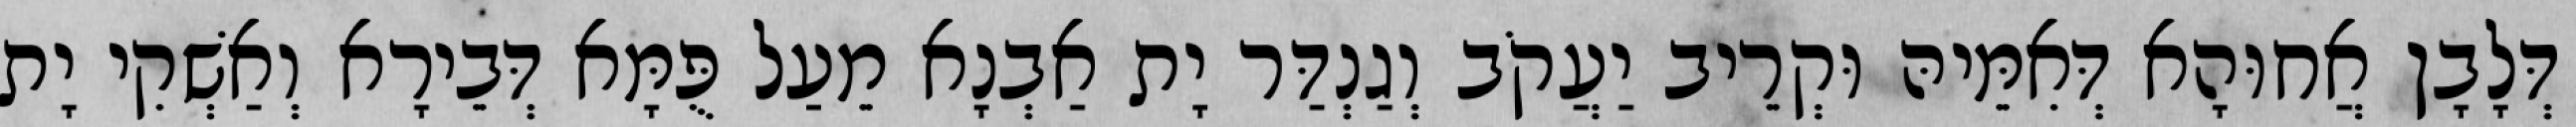
דְּלָבָן אֲחוּהָא דְּאִמֵּיהּ וּקְרֵיב יַעֲקֹב וְגַנְדַּר יָת אַבְנָא מֵעַל פֻּמָּא דְּבֵירָא וְאַשְׁקִי יָת